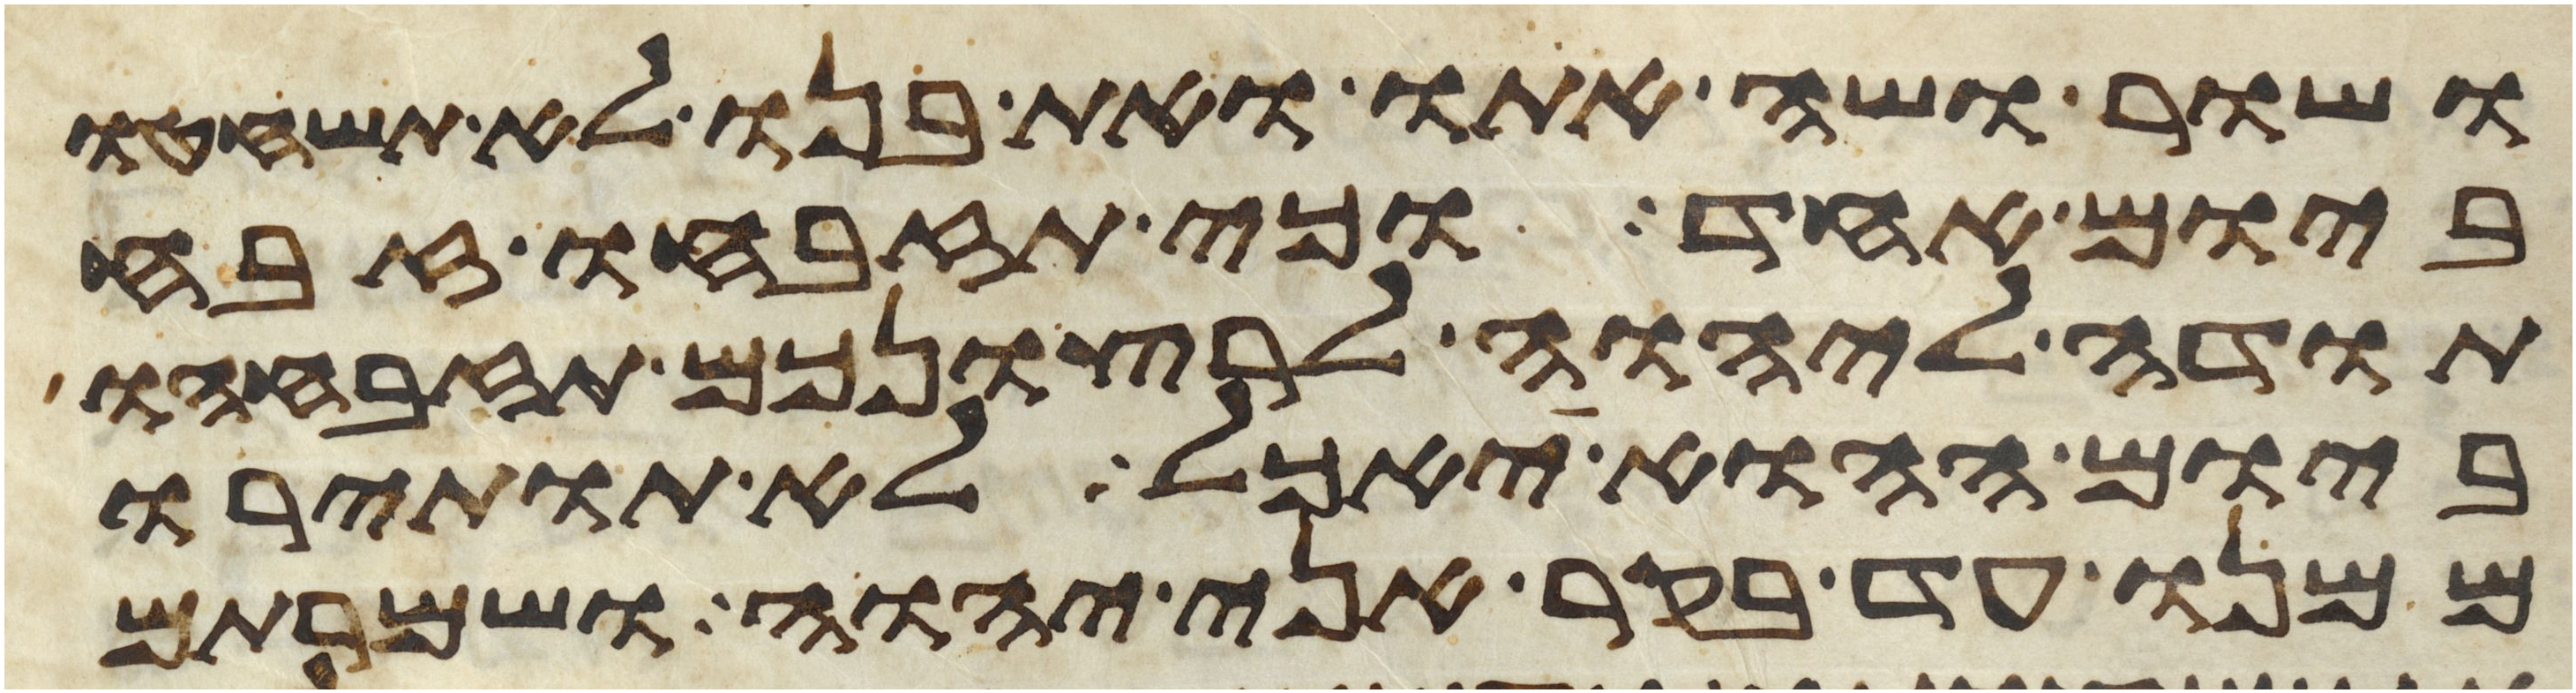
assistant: ושור ושה אתו ואת בנו לא תשחטו
ביום אחד וכי תזבחו זבח
תודה ליהוה לרצונכם תזבחהו
ביום ההוא יאכל לא תותירו
ממנו עד בקר אני יהוה ושמרתם